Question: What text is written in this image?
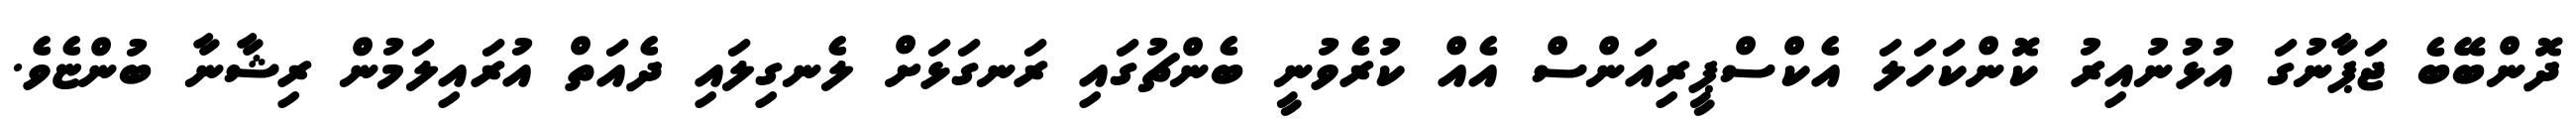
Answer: ދޮންބޭބެ ޖަޕާނުގަ އުޅުނުއިރު ކޮންކަހަލަ އެކްސްޕީރިއަންސް އެއް ކުރެވުނީ ބެންޗުގައި ރަނގަޅަށް ލެނގިލައި ދެއަތް އުރައިލަމުން ރިޝާނާ ބުންޏެވެ.